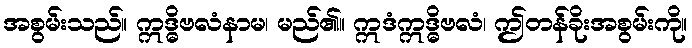
အစွမ်းသည်။ ဣဒ္ဓိဗလံနာမ၊ မည်၏။ ဣဒံဣဒ္ဓိဗလံ၊ ဤတန်ခိုးအစွမ်းကို။